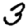
Digit: 3